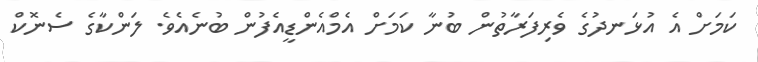
ކަމަށް އެ އުޅަނދުގެ ވެރިފަރާތުން ބުނާ ކަމަށް އެމްއެންޑީއެފުން ބުނެއެވެ. ލަންކާގެ ސެނޮކް